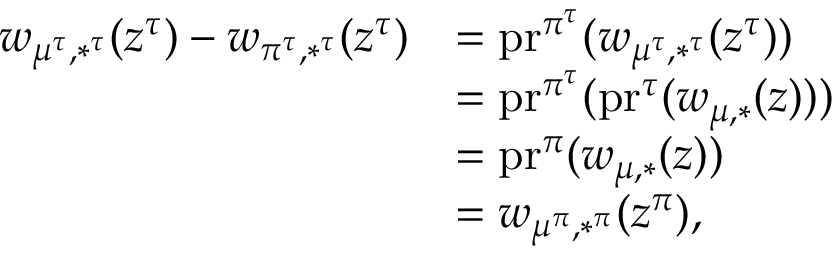
\begin{array} { r l } { w _ { \mu ^ { \tau } , * ^ { \tau } } ( z ^ { \tau } ) - w _ { \pi ^ { \tau } , * ^ { \tau } } ( z ^ { \tau } ) } & { = \mathrm { p r } ^ { \pi ^ { \tau } } ( w _ { \mu ^ { \tau } , * ^ { \tau } } ( z ^ { \tau } ) ) } \\ & { = \mathrm { p r } ^ { \pi ^ { \tau } } ( \mathrm { p r } ^ { \tau } ( w _ { \mu , * } ( z ) ) ) } \\ & { = \mathrm { p r } ^ { \pi } ( w _ { \mu , * } ( z ) ) } \\ & { = w _ { \mu ^ { \pi } , * ^ { \pi } } ( z ^ { \pi } ) , } \end{array}